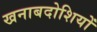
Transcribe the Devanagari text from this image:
खनाबदोशियों